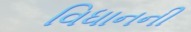
વિધાનની